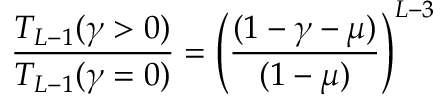
\frac { T _ { L - 1 } ( \gamma > 0 ) } { T _ { L - 1 } ( \gamma = 0 ) } = \left( \frac { ( 1 - \gamma - \mu ) } { ( 1 - \mu ) } \right) ^ { L - 3 }